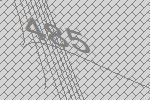
485